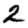
Digit: 2